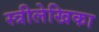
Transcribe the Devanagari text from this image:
स्त्रीलेखिका